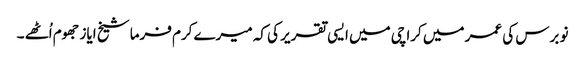
نو برس کی عمر میں کراچی میں ایسی تقریر کی کہ میرے کرم فرما شیخ ایاز جھوم اُٹھے ۔